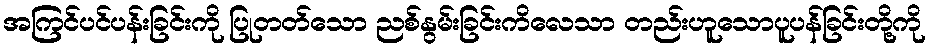
အကြင်ပင်ပန်းခြင်းကို ပြုတတ်သော ညစ်နွမ်းခြင်းကိလေသာ တည်းဟူသောပူပန်ခြင်းတို့ကို